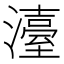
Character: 𤁅